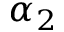
\alpha _ { 2 }